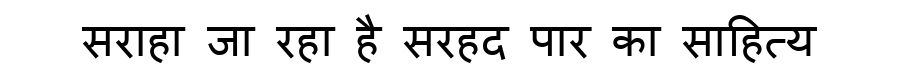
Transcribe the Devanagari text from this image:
सराहा जा रहा है सरहद पार का साहित्य